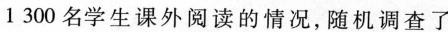
1 300名学生课外阅读的情况，随机调查了